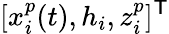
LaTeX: [x_{i}^{p}(t),h_{i},z_{i}^{p}]^{\mathsf{T}}